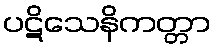
ပဋိသေနိကတ္တာ